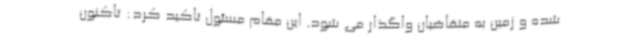
شده و زمین به متقاضیان واگذار می شود. این مقام مسئول تاکید کرد: تاکنون